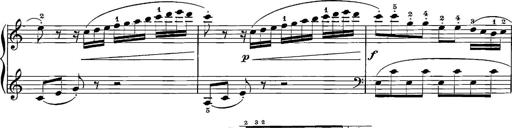
Title: 12 Sonatinas
Composer: Ignaz Pleyel